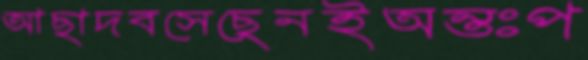
আছাদবসেছেনইঅন্তঃপ